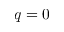
q = 0